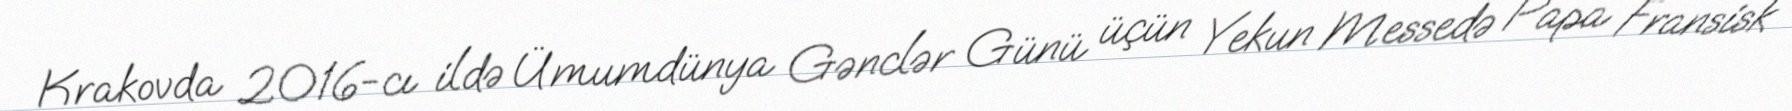
Krakovda 2016-cı ildə Ümumdünya Gənclər Günü üçün Yekun Messedə Papa Fransisk